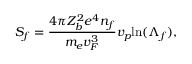
S _ { f } = \frac { 4 \pi Z _ { b } ^ { 2 } e ^ { 4 } n _ { f } } { m _ { e } v _ { F } ^ { 3 } } v _ { p } \mathrm { l n } ( \Lambda _ { f } ) ,